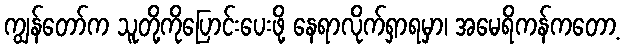
ကျွန်တော်က သူတို့ကိုပြောင်းပေးဖို့ နေရာလိုက်ရှာရမှာ၊ အမေရိကန်ကတော့